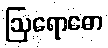
ဩရောဓော